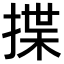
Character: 揲